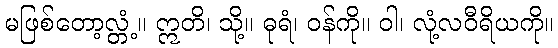
မဖြစ်တော့လ္တံ့။ ဣတိ၊ သို့။ ဓုရံ၊ ဝန်ကို။ ဝါ၊ လုံ့လဝီရိယကို။